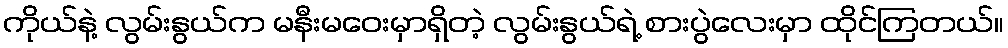
ကိုယ်နဲ့ လွမ်းနွယ်က မနီးမဝေးမှာရှိတဲ့ လွမ်းနွယ်ရဲ့ စားပွဲလေးမှာ ထိုင်ကြတယ်။